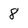
Character: 8